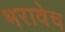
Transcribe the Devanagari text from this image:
भरावेच